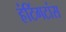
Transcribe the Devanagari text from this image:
हंटिंगटांस